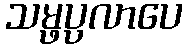
သမ္ဖပ္ပလာပေ